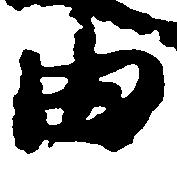
由